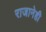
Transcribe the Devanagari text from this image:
राजानेही